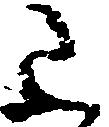
已